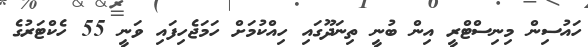
ހައުސިން މިނިސްޓްރީ އިން ބުނީ ތިނަދޫގައި ހިއްކުމަށް ހަމަޖެހިފައި ވަނީ 55 ހެކްޓަރުގެ